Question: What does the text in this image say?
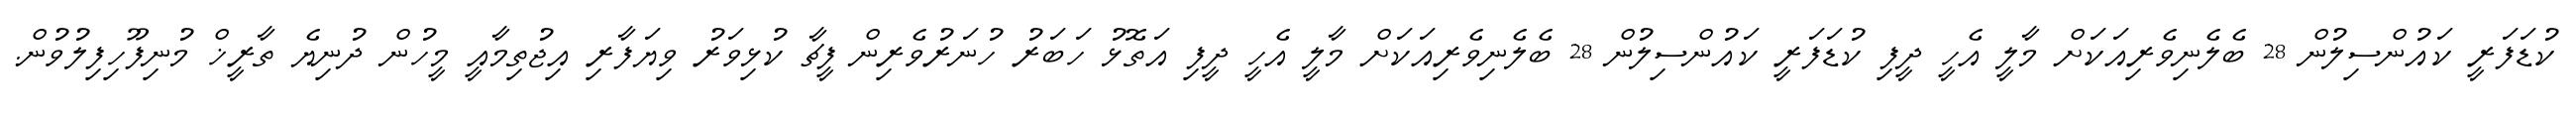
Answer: ކުޑަފަރީ ކައުންސިލުން 28 ބެލެނިވެރިއަކަށް މާލީ އެހީ ދީފި ކުޑަފަރީ ކައުންސިލުން 28 ބެލެނިވެރިއަކަށް މާލީ އެހީ ދީފި އަތޮޅު ހަބަރު ހުނަރުވެރިން ފީޗާ ކުޅިވަރު ވިޔަފާރި އިޖުތިމާއީ މީހުން ދުނިޔެ ތާރީޚް މުނިފޫހިފިލުވުން.